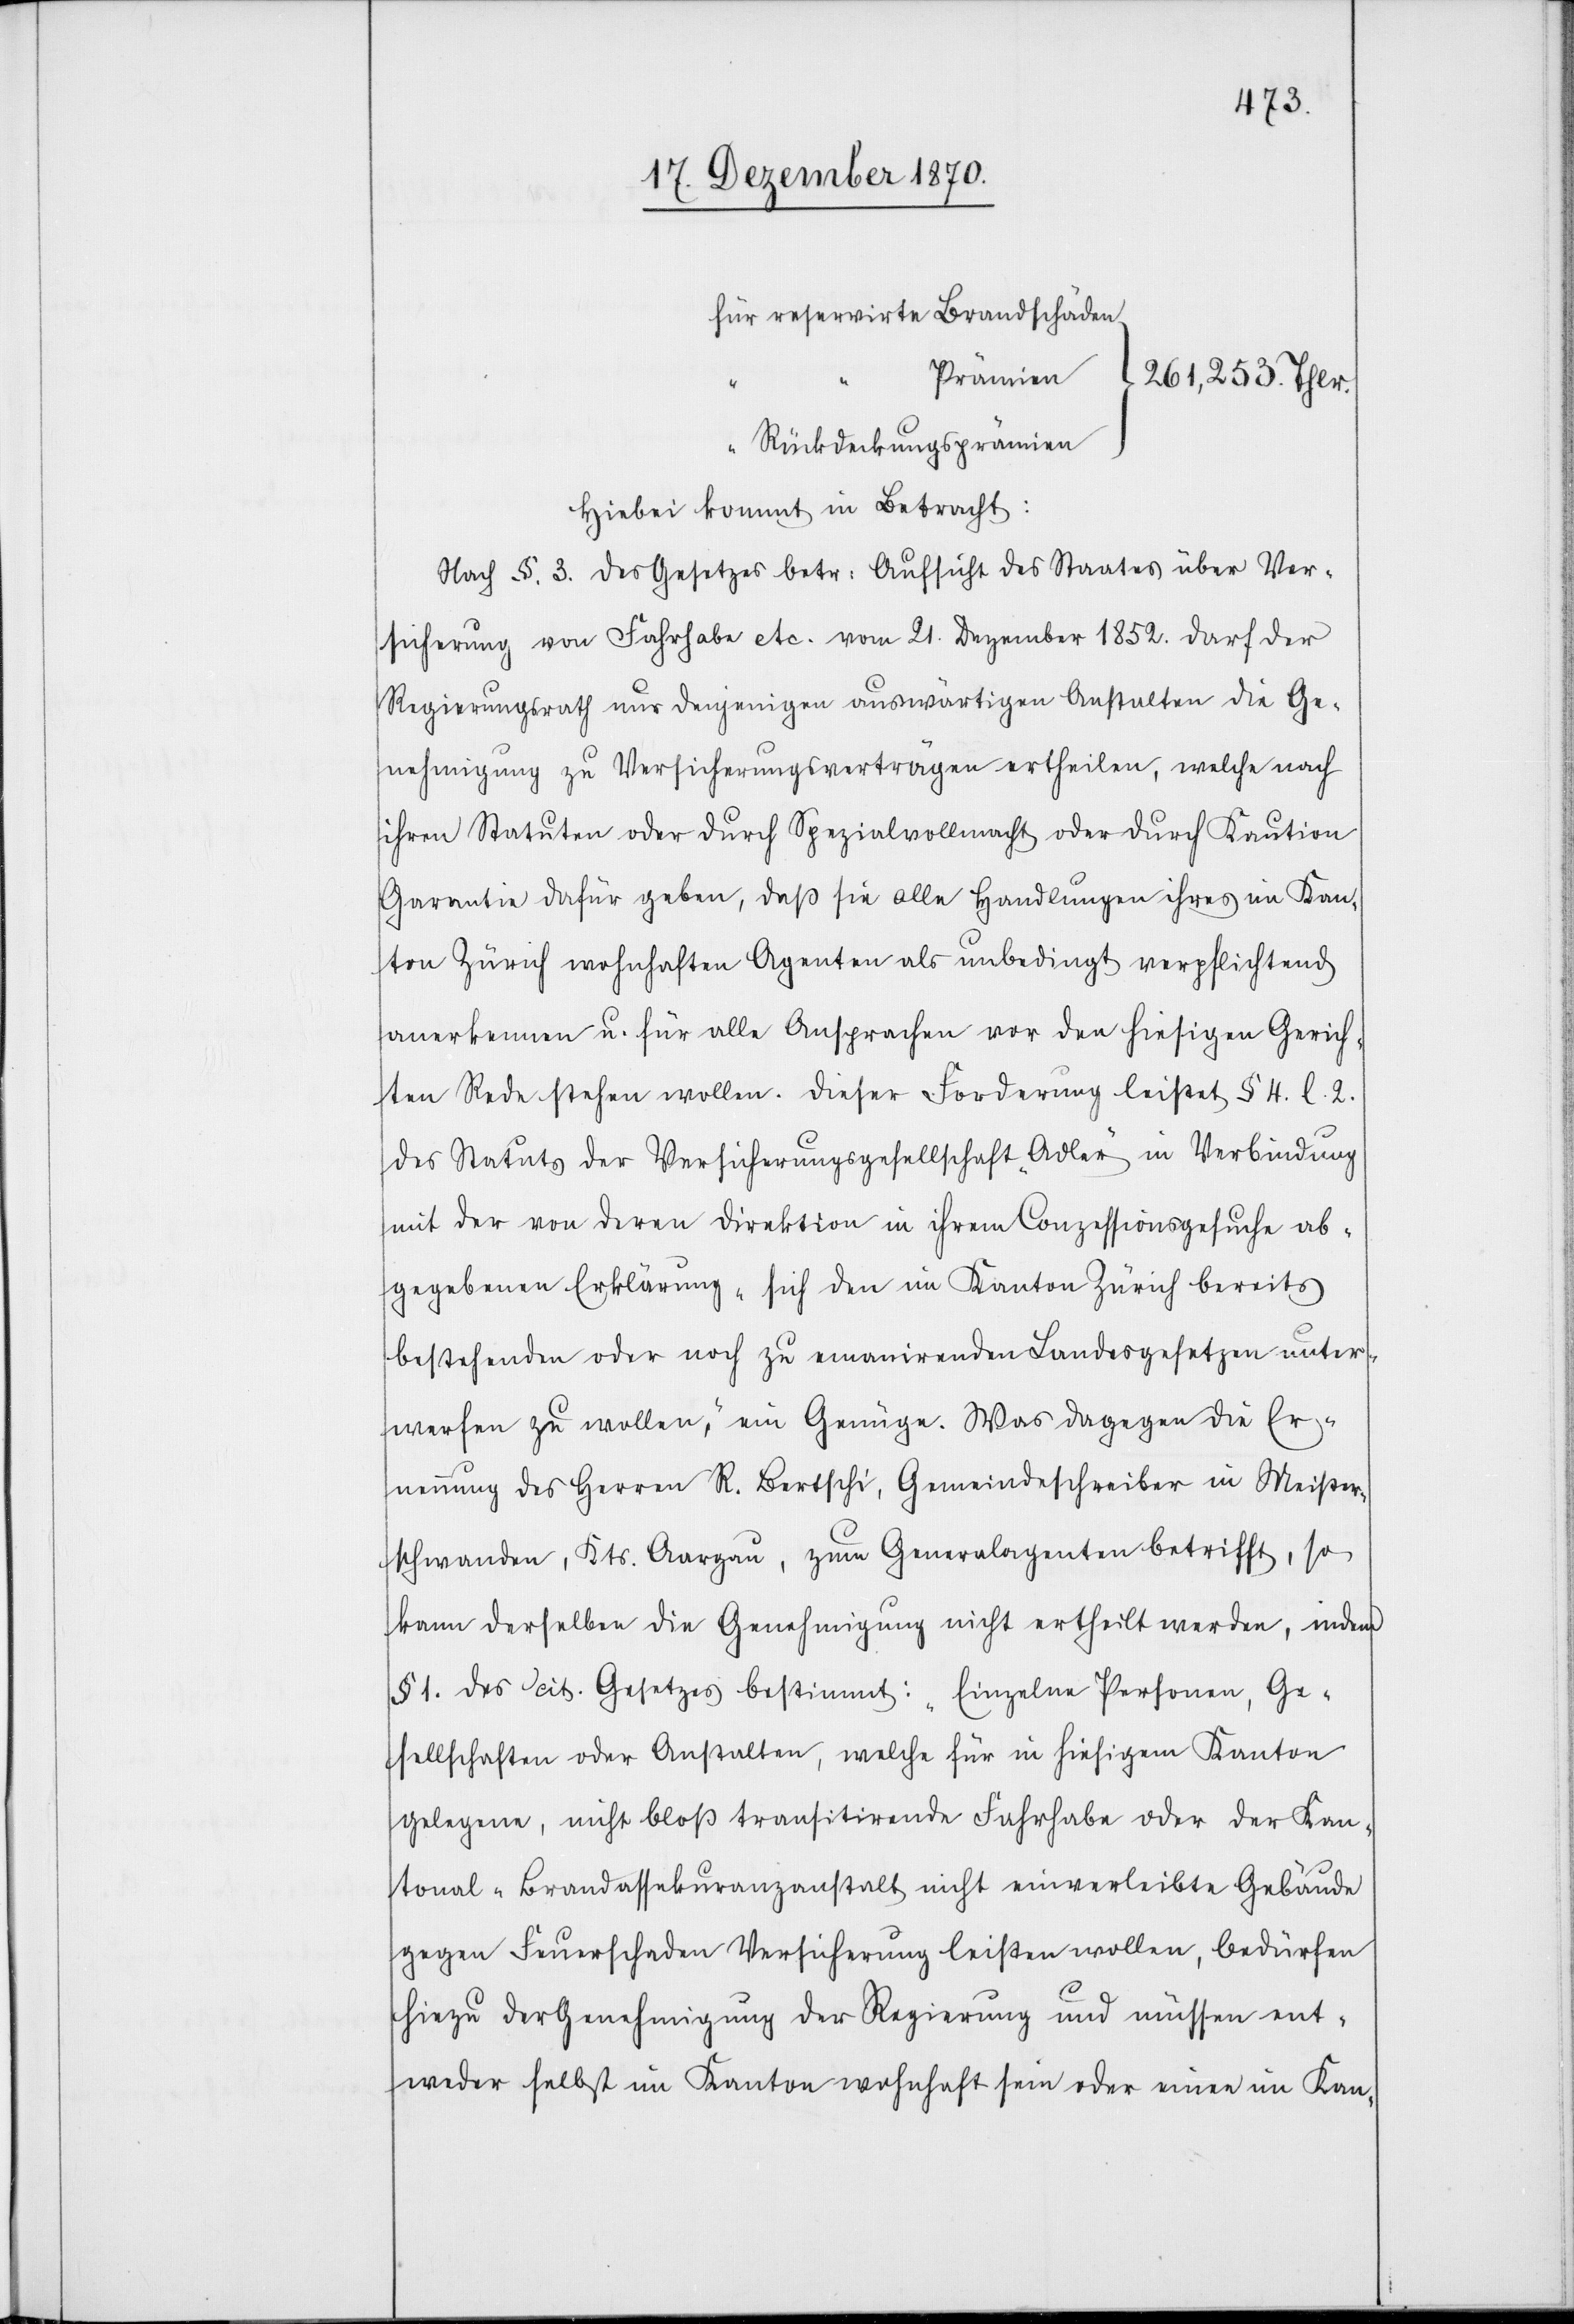
Prämien
⎬261,253. Thlr.
Rückdeckungsprämien
⎭
Hiebei kommt in Betracht:
Nach §. 3. des Gesetzes betr: Aufsicht des Staates über Ver¬
sicherung von Fahrhabe etc. vom 21. Dezember 1852. darf der
Regierungsrath nur denjenigen auswärtigen Anstalten die Ge¬
nehmigung zu Versicherungsverträgen ertheilen, welche nach
ihren Statuten oder durch Spezialvollmacht oder durch Kaution
Garantie dafür geben, daß sie alle Handlungen ihres im Kan¬
ton Zürich wohnhaften Agenten als unbedingt verpflichtend
anerkennen u. für alle Ansprachen vor den hiesigen Gerich¬
ten Rede stehen wollen. Dieser Forderung leistet § 4. l. 2.
des Statuts der Versicherungsgesellschaft „Adler“ in Verbindung
mit der von deren Direktion in ihrem Conzessionsgesuche ab¬
gegebenen Erklärung „sich den im Kanton Zürich bereits
bestehenden oder noch zu emanirenden Landesgesetzen unter¬
werfen zu wollen“, ein Genüge. Was dagegen die Er¬
nennung des Herren R. Bertschi, Gemeindeschreiber in Meister¬
schwanden, Kts. Aargau, zum Generalagenten betrifft, so
kann derselben die Genehmigung nicht ertheilt werden, indem
§ 1. des cit. Gesetzes bestimmt: „Einzelne Personen, Ge¬
sellschaften oder Anstalten, welche für in hiesigem Kanton
gelegene, nicht bloß transitirende Fahrhabe oder der Kan¬
tonal-Brandassekuranzanstalt nicht einverleibte Gebäude
gegen Feuerschaden Versicherung leisten wollen, bedürfen
hiezu der Genehmigung der Regierung und müssen ent¬
weder selbst im Kanton wohnhaft sein oder einen im Kan-